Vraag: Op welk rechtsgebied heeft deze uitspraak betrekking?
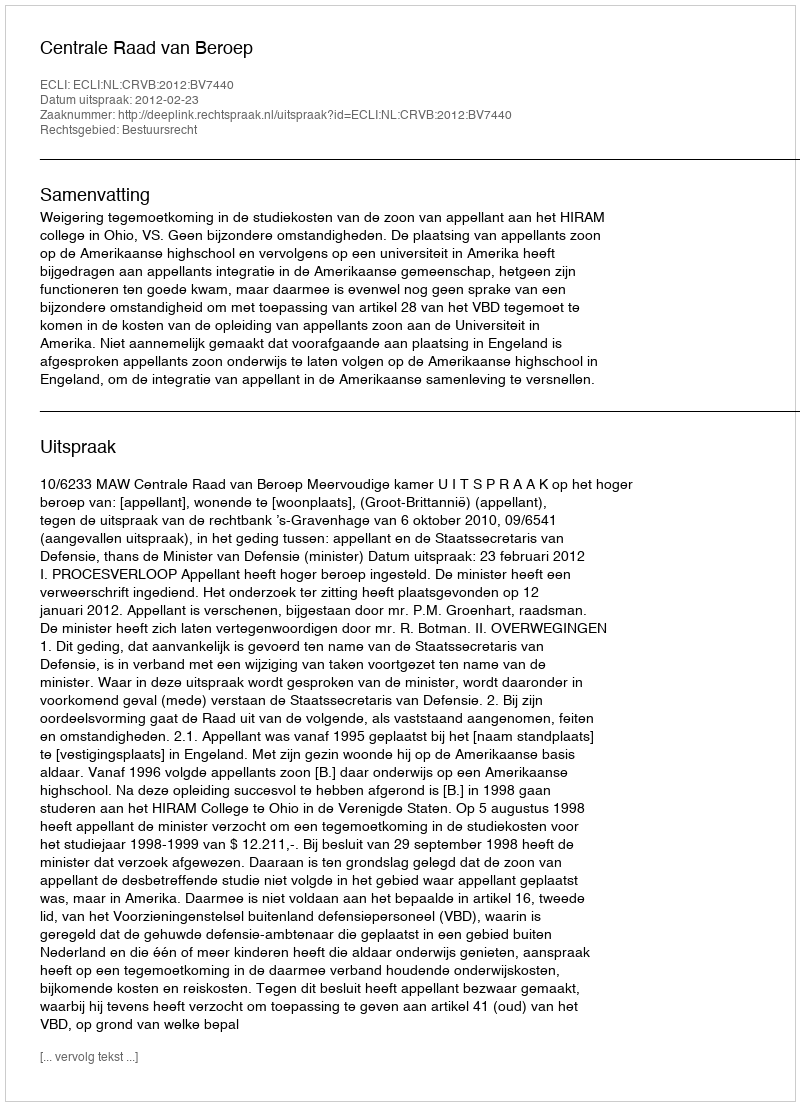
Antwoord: Bestuursrecht